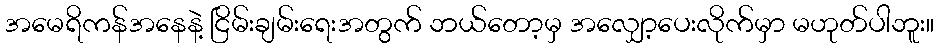
အမေရိကန်အနေနဲ့ ငြိမ်းချမ်းရေးအတွက် ဘယ်တော့မှ အလျှော့ပေးလိုက်မှာ မဟုတ်ပါဘူး။